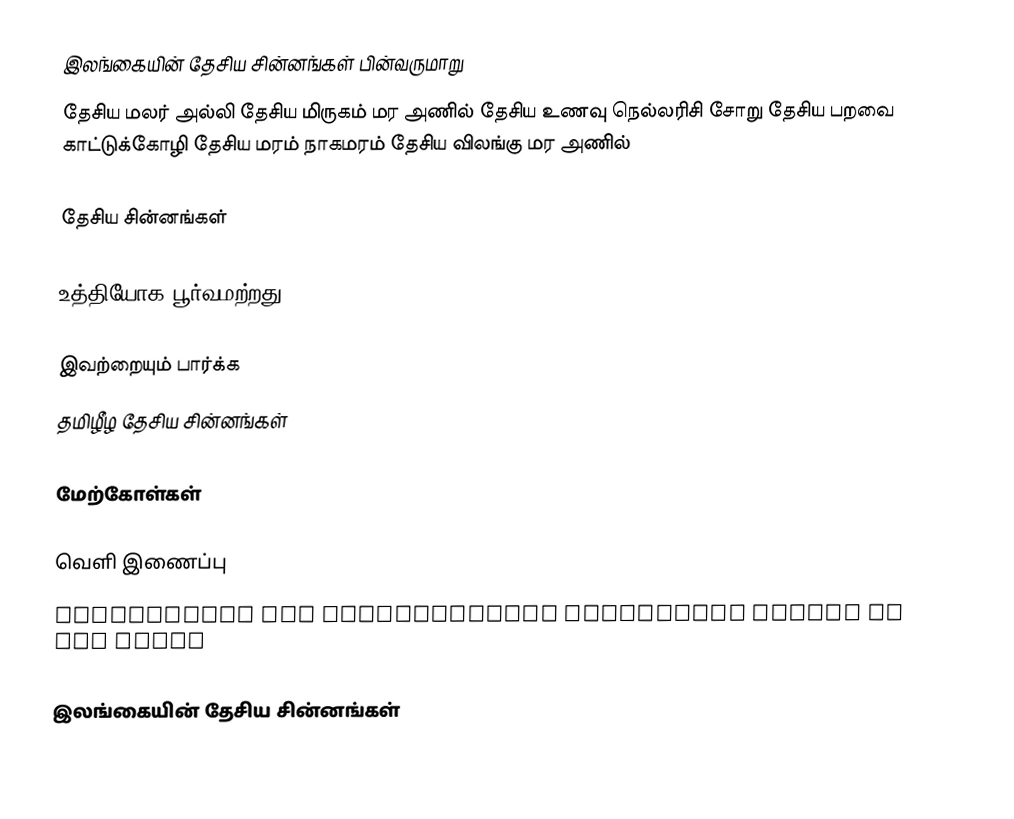
இலங்கையின் தேசிய சின்னங்கள் பின்வருமாறு
தேசிய மலர்         அல்லி     தேசிய  மிருகம்  மர அணில்      தேசிய  உணவு  நெல்லரிசி சோறு    தேசிய  பறவை  காட்டுக்கோழி    தேசிய  மரம்    நாகமரம் தேசிய விலங்கு மர அணில்

தேசிய சின்னங்கள்

உத்தியோக பூர்வமற்றது

இவற்றையும் பார்க்க
 தமிழீழ தேசிய சின்னங்கள்

மேற்கோள்கள்

வெளி இணைப்பு
Information and Communication Technology Agency of Sri Lanka

இலங்கையின் தேசிய சின்னங்கள்